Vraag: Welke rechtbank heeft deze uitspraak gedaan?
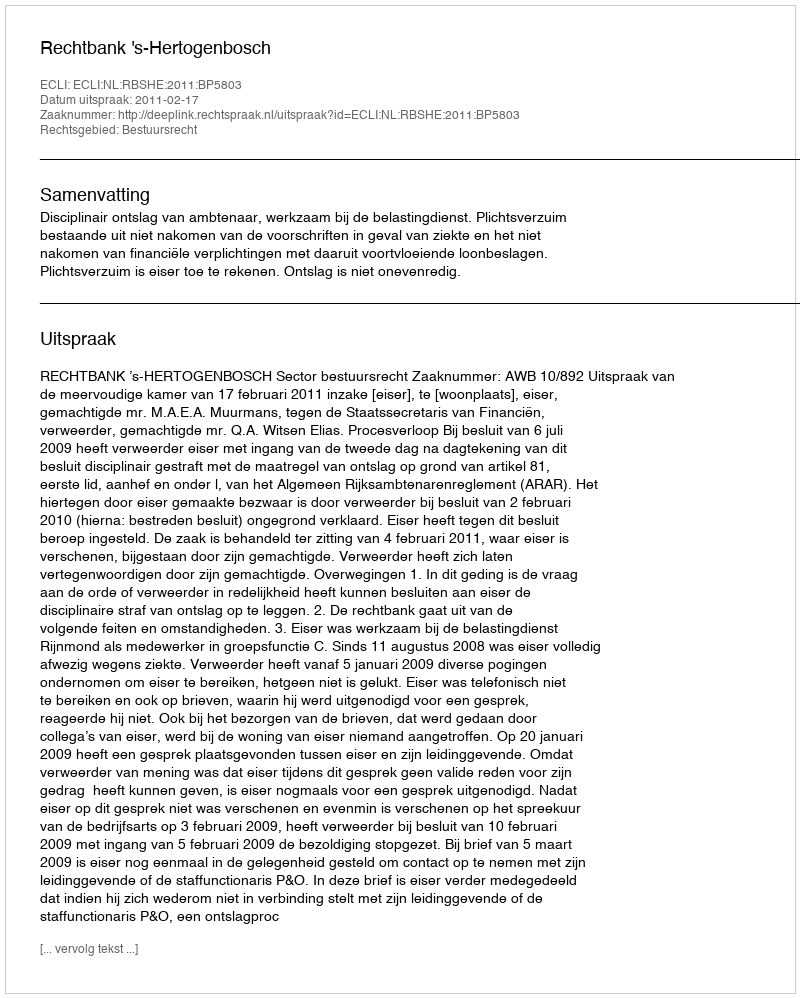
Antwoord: Rechtbank 's-Hertogenbosch